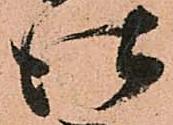
仕